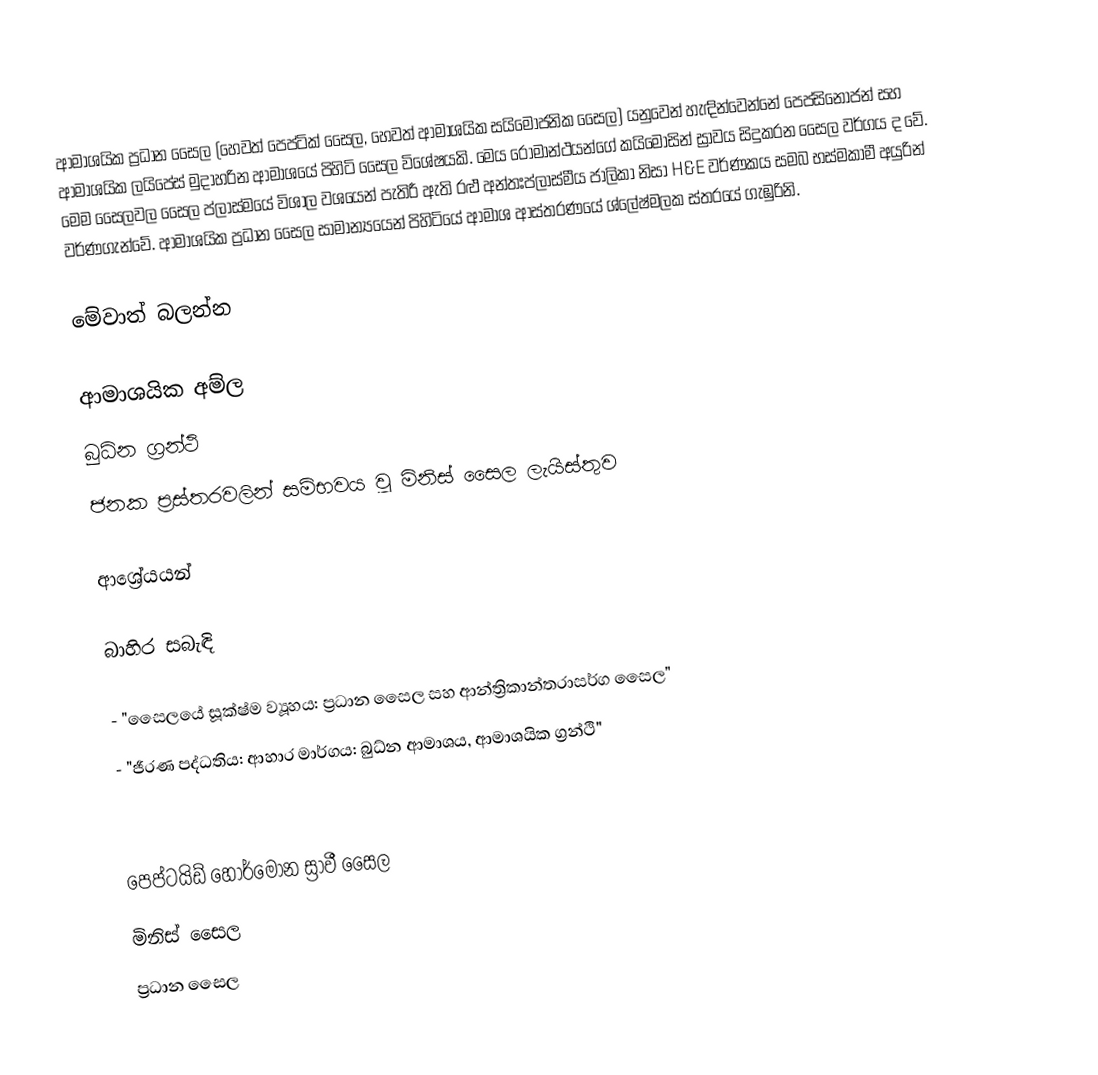
ආමාශයික ප්‍රධාන සෛල (හෙවත් පෙප්ටික් සෛල, හෙවත් ආමාශයික සයිමෝජනික සෛල) යනුවෙන් හැඳින්වෙන්නේ පෙප්සිනෝජන් සහ ආමාශයික ලයිපේස් මුදාහරින ආමාශයේ පිහිටි සෛල විශේෂයකි. මෙය රෝමාන්ථයන්ගේ කයිමොසින් ස්‍රාවය සිදුකරන සෛල වර්ගය ද වේ. මෙම සෛලවල සෛල ප්ලාස්මයේ විශාල වශයෙන් පැතිරී ඇති රළු අන්තඃප්ලාස්මීය ජාලිකා නිසා H&E වර්ණකය සමබ භස්මකාමී අයුරින් වර්ණගැන්වේ. ආමාශයික ප්‍රධාන සෛල සාමාන්‍යයෙන් පිහිටියේ ආමාශ ආස්තරණයේ ශ්ලේෂ්මලක ස්තරයේ ගැඹුරිනි.

මේවාත් බලන්න

 ආමාශයික අම්ල
 බුධ්න ග්‍රන්ථි
ජනක ප්‍රස්තරවලින් සම්භවය වූ මිනිස් සෛල ලැයිස්තුව

ආශ්‍රේයයන්

බාහිර සබැඳි

  - "සෛලයේ සූක්ෂ්ම ව්‍යූහය: ප්‍රධාන සෛල සහ ආන්ත්‍රිකාන්තරාසර්ග සෛල"
  - "ජීරණ පද්ධතිය: ආහාර මාර්ගය: බුධ්න ආමාශය, ආමාශයික ග්‍රන්ථි"

පෙප්ටයිඩ් හෝර්මෝන ස්‍රාවී සෛල
මිනිස් සෛල
ප්‍රධාන සෛල